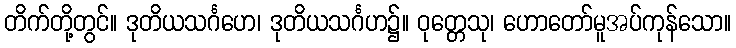
တိက်တို့တွင်။ ဒုတိယသင်္ဂဟေ၊ ဒုတိယသင်္ဂဟ၌။ ဝုတ္တေသု၊ ဟောတော်မူအပ်ကုန်သော။